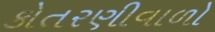
કોતરણીવાળો